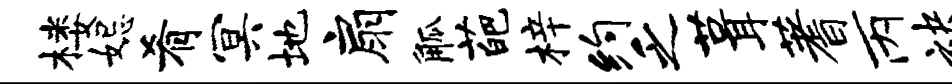
楼妃肴冥地扇觚葩梓约乏葺蓍丙袂